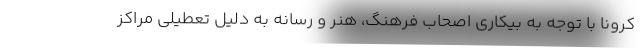
کرونا با توجه به بیکاری اصحاب فرهنگ، هنر و رسانه به دلیل تعطیلی مراکز